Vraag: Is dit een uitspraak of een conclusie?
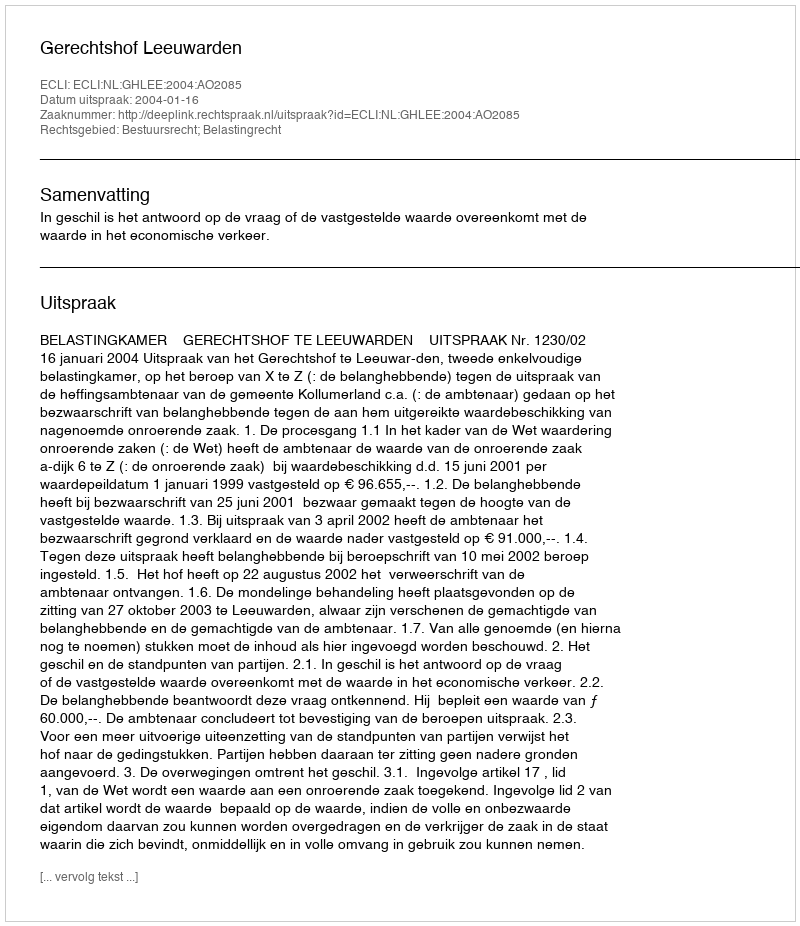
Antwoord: Uitspraak